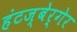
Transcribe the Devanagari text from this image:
हंटज्बेर्गेर